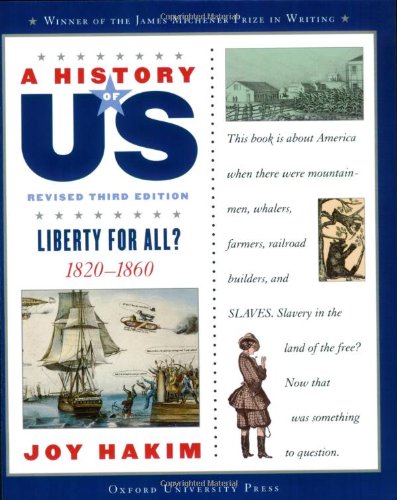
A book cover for A History of US: Liberty for All?: 1820-1860 A History of US Book Five; Joy Hakim; History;